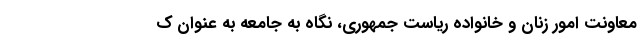
معاونت امور زنان و خانواده ریاست جمهوری، نگاه به جامعه به عنوان ک